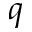
q